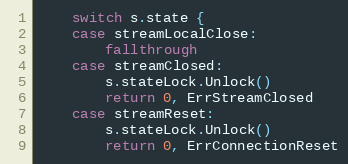
Language: Go
	switch s.state {
	case streamLocalClose:
		fallthrough
	case streamClosed:
		s.stateLock.Unlock()
		return 0, ErrStreamClosed
	case streamReset:
		s.stateLock.Unlock()
		return 0, ErrConnectionReset